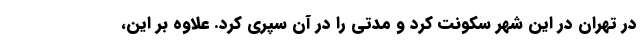
در تهران در این شهر سکونت کرد و مدتی را در آن سپری کرد. علاوه بر این،